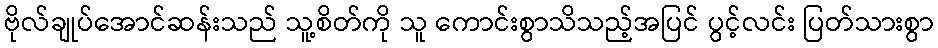
ဗိုလ်ချုပ်အောင်ဆန်းသည် သူ့စိတ်ကို သူ ကောင်းစွာသိသည့်အပြင် ပွင့်လင်း ပြတ်သားစွာ